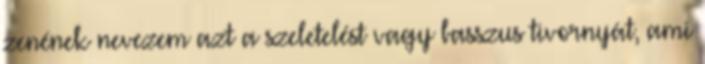
zenének nevezem azt a szeletelést vagy basszus tivornyát, ami